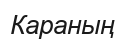
Караның